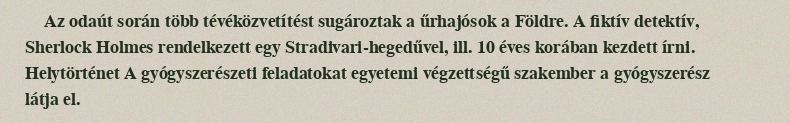
Az odaút során több tévéközvetítést sugároztak a űrhajósok a Földre. A fiktív detektív, Sherlock Holmes rendelkezett egy Stradivari-hegedűvel, ill. 10 éves korában kezdett írni. Helytörténet A gyógyszerészeti feladatokat egyetemi végzettségű szakember a gyógyszerész látja el.